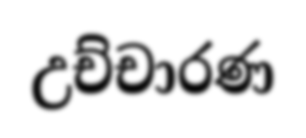
උච්චාරණ